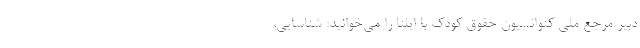
دبیر مرجع ملی کنوانسیون حقوق کودک با ایلنا را می‌خوانید: شناسایی،